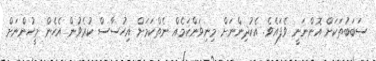
ސަބަބުތަކަށް އޮންނަނީ ވެފައެވެ. އެކުދިންނަށް މިނިވަންކަމެއް ނެތްކަމަށް އިހުސާސް ކުރެވުން އެހެން މީހުންނަށް